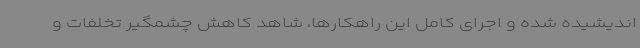
اندیشیده شده و اجرای کامل این راهکارها، شاهد کاهش چشمگیر تخلفات و